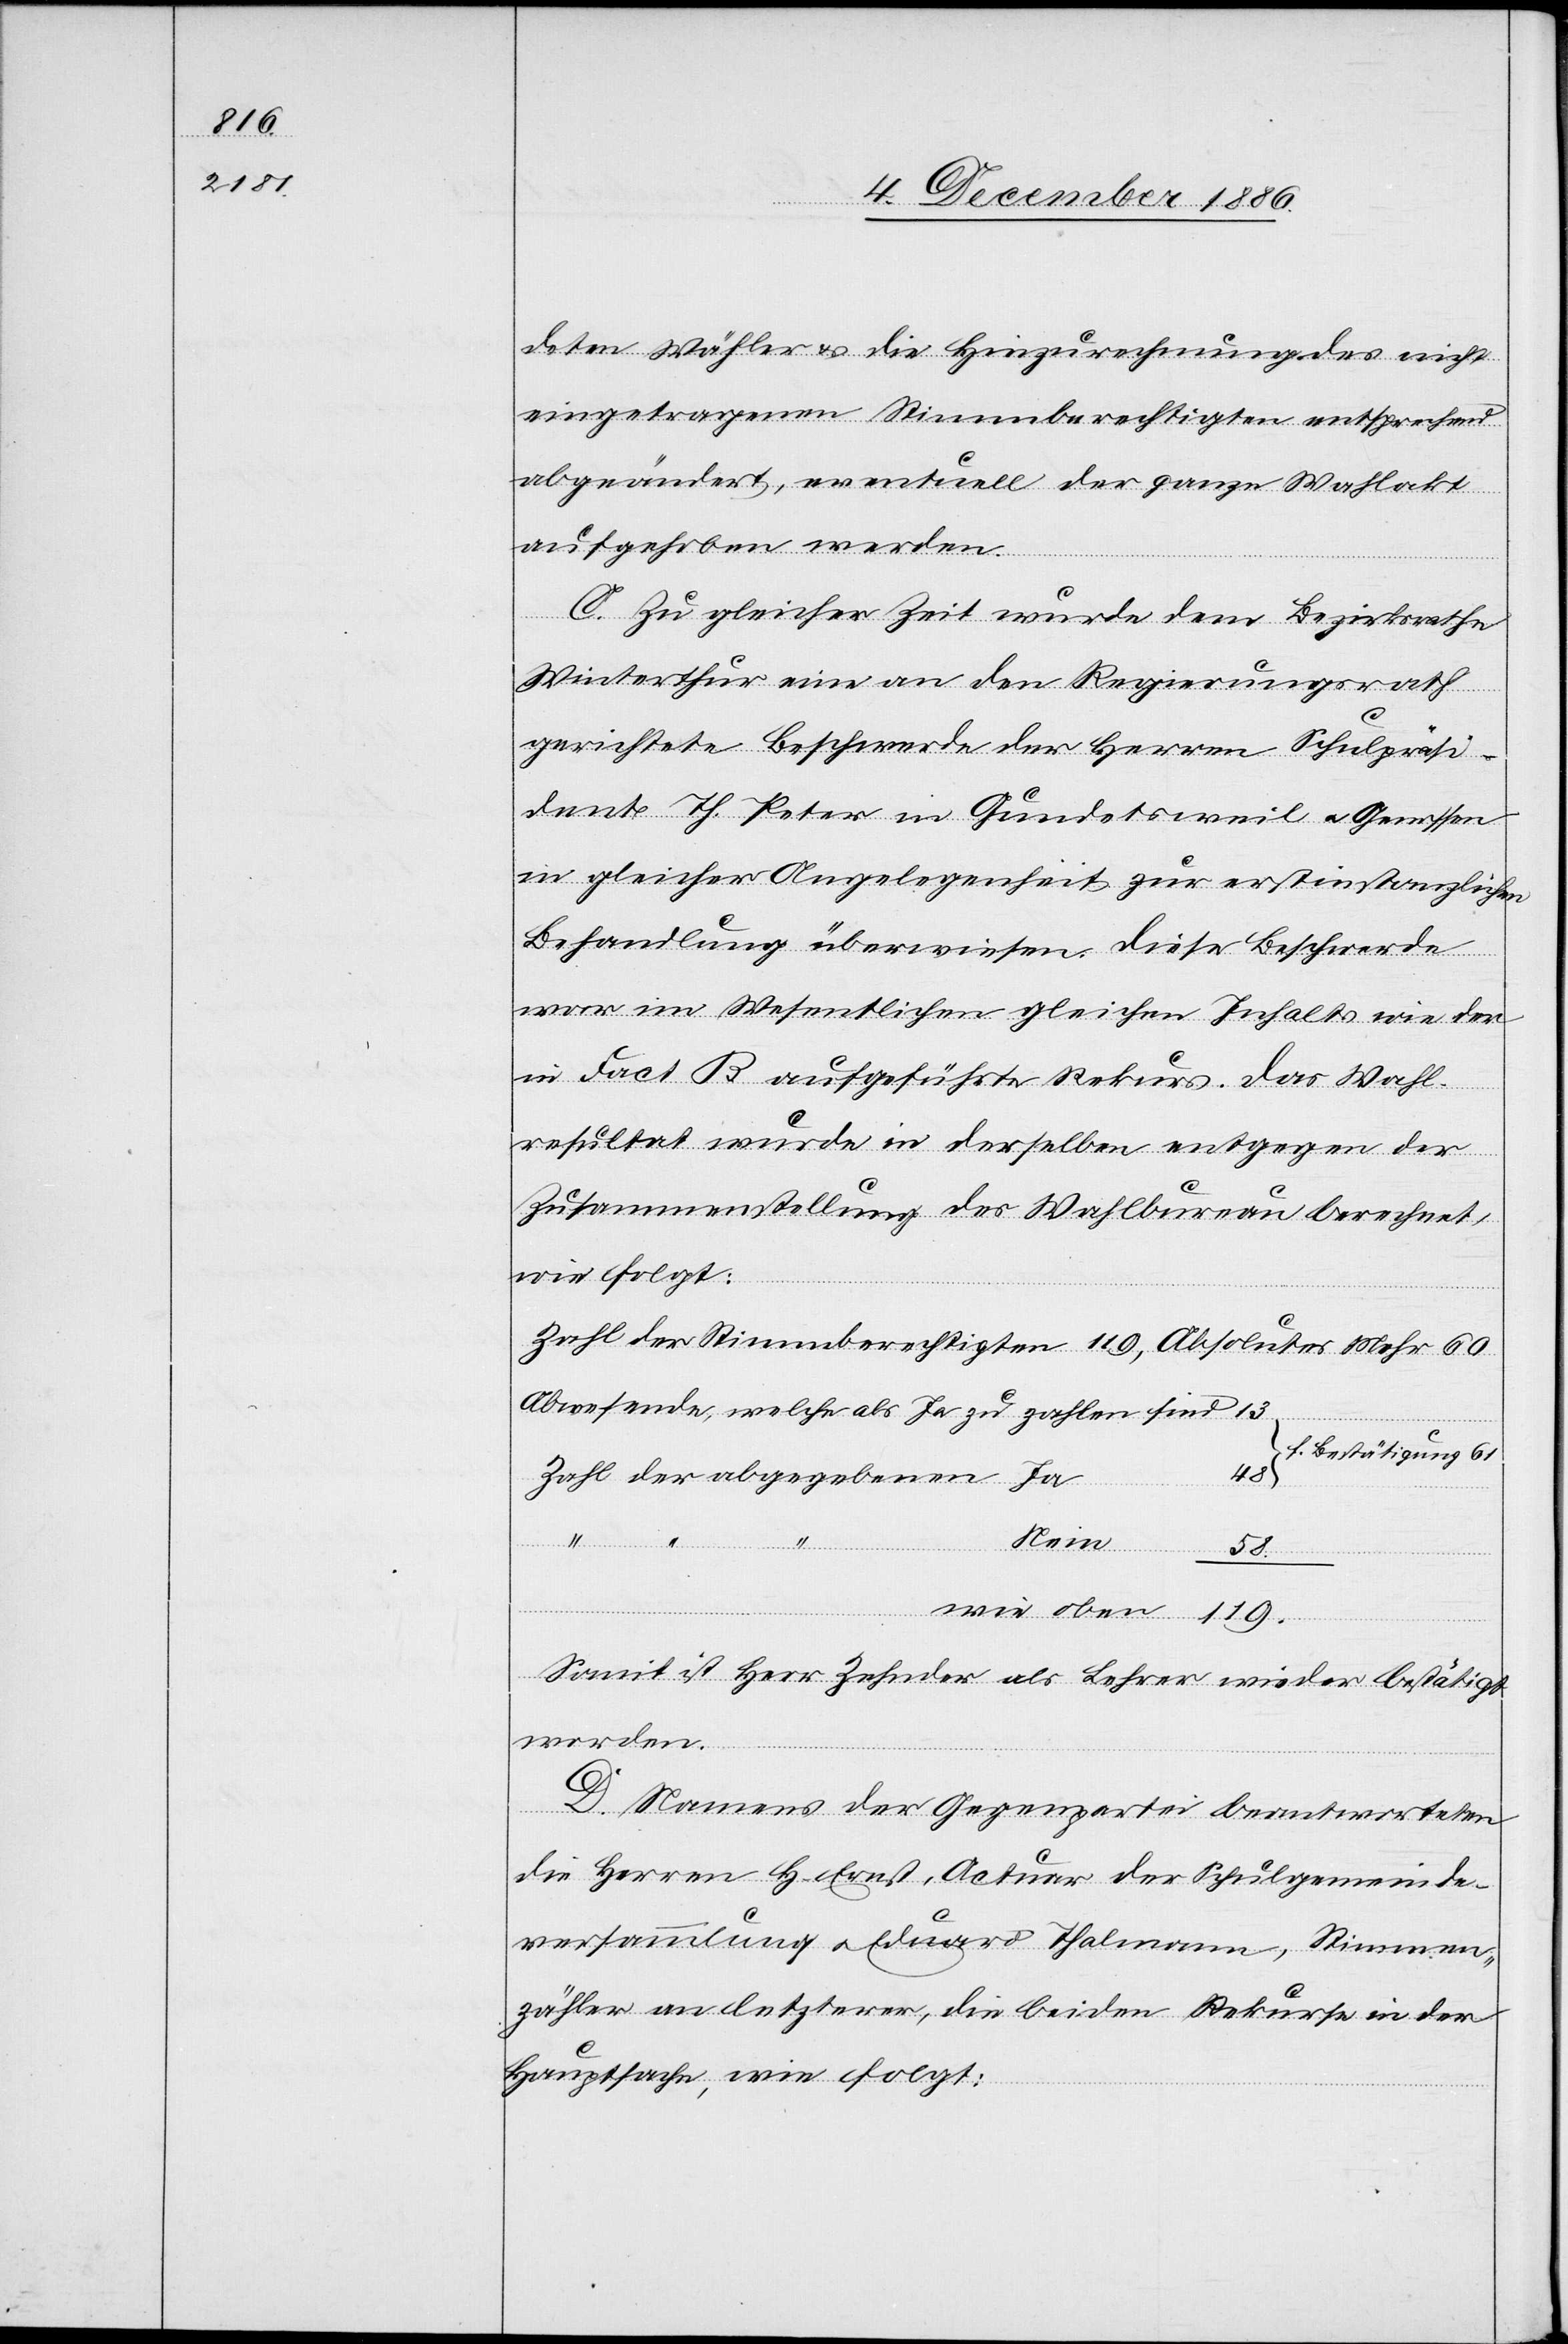
119.

deten Wähler & die Hinzurechnung des nicht
eingetragenen Stimmberechtigten entsprechend
abgeändert, eventuell der ganze Wahlakt
aufgehoben werden.
C. Zu gleicher Zeit wurde dem Bezirksrathe
Winterthur eine an den Regierungsrath
gerichtete Beschwerde der Herren Schulpräsi¬
dent Th. Peter in Gundetsweil & Genossen
in gleicher Angelegenheit zur erstinstanzlichen
Behandlung überwiesen. Diese Beschwerde
war im Wesentlichen gleichen Inhalts wie der
in Fact. B aufgeführte Rekurs. Das Wahl¬
resultat wurde in derselben entgegen der
Zusammenstellung des Wahlbureau berechnet,
wie folgt:
Zahl der Stimmberechtigten 119, Absolutes mehr 60
Abwesende, welche als Ja zu zahlen [sic!]
sind
f. Bestätigung 61
Zahl der abgegebenen Ja
Nein
wie oben
58.
Somit ist Herr Zehnder als Lehrer wieder bestätigt
worden.
D. Namens der Gegenpartei beantworteten
die Herren H. Ernst, Actuar der Schulgemeinde¬
versammlung & Eduard Thalmann, Stimmen¬
zähler an letzterer, die beiden Rekurse in der
Hauptsache, wie folgt: